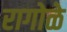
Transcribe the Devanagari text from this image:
रागोळे